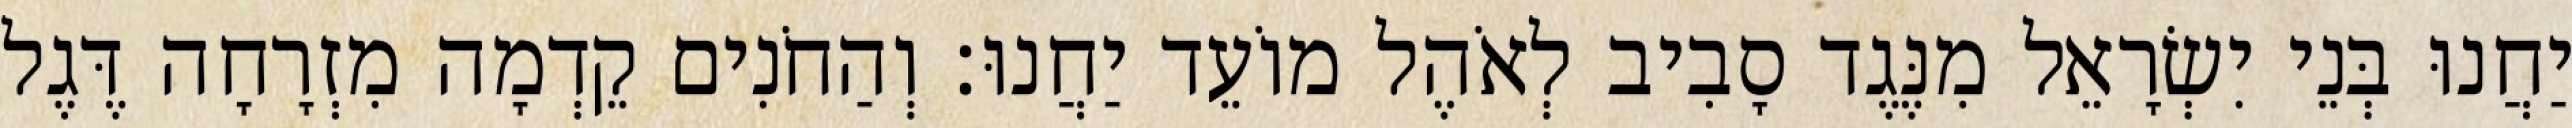
יַחֲנוּ בְּנֵי יִשְׂרָאֵל מִנֶּגֶד סָבִיב לְאֹהֶל מוֹעֵד יַחֲנוּ׃ וְהַחֹנִים קֵדְמָה מִזְרָחָה דֶּגֶל